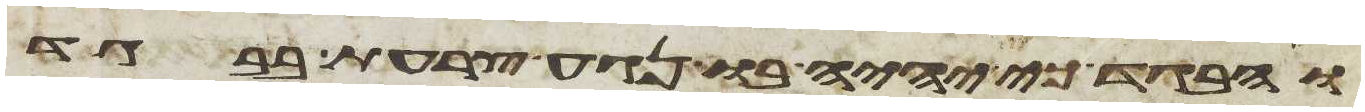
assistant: והבגד כי יהיה בו נגע צרעת בבגד